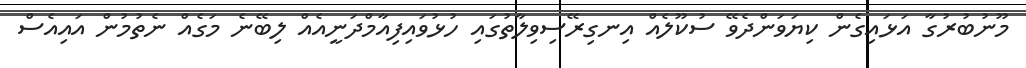
މޫނުބުރުގާ އަޅައިގެން ކިޔަވަންދެވޭ ސުކޫލެއް އިނގިރޭސިވިލާތުގައި ހުޅުވައިފިއާމްދަނީއެއް ލިބޭނެ މަގެއް ނެތުމުން އައިއެސް